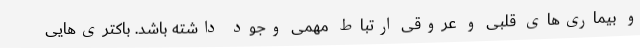
و بیماری‌های قلبی و عروقی ارتباط مهمی وجود داشته باشد. باکتری‌هایی